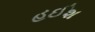
હઈશ